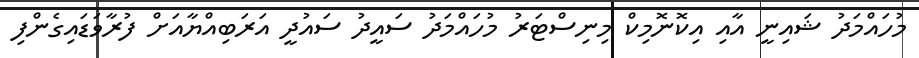
މުހައްމަދު ޝައިނީ އާއި އިކޮނޮމިކް މިނިސްޓަރު މުހައްމަދު ސައީދު ސައުދީ އަރަބިއްޔާއަށް ފުރާވަޑައިގެންފި